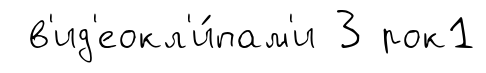
в'ид'еокл'и́пам'и 3 рок1